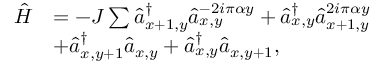
\begin{array} { r l } { \hat { H } } & { = - J \sum \hat { a } _ { x + 1 , y } ^ { \dagger } { \hat { a } _ { x , y } } ^ { - 2 i \pi \alpha y } + \hat { a } _ { x , y } ^ { \dagger } { \hat { a } _ { x + 1 , y } } ^ { 2 i \pi \alpha y } } \\ & { + \hat { a } _ { x , y + 1 } ^ { \dagger } \hat { a } _ { x , y } + \hat { a } _ { x , y } ^ { \dagger } \hat { a } _ { x , y + 1 } , } \end{array}